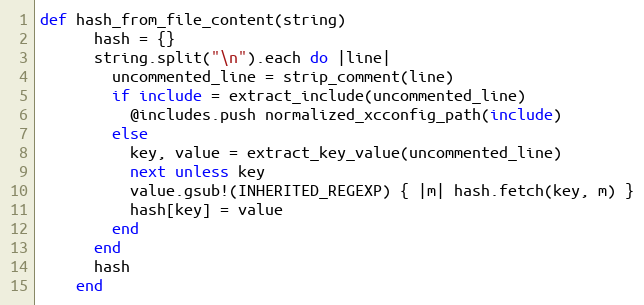
Language: Ruby
def hash_from_file_content(string)
      hash = {}
      string.split("\n").each do |line|
        uncommented_line = strip_comment(line)
        if include = extract_include(uncommented_line)
          @includes.push normalized_xcconfig_path(include)
        else
          key, value = extract_key_value(uncommented_line)
          next unless key
          value.gsub!(INHERITED_REGEXP) { |m| hash.fetch(key, m) }
          hash[key] = value
        end
      end
      hash
    end